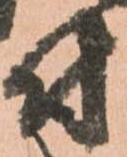
付